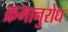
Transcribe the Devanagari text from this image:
क्रमानुरोध